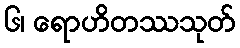
၆၊ ရောဟိတဿသုတ်